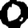
Digit: 0